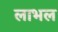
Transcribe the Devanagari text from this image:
लाभल